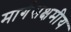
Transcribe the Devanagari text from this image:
मार्गसक्षमीय